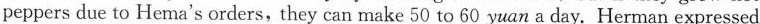
peppers due to Hema's orders,they can make 50 to 60 yuan a day. Herman expressed